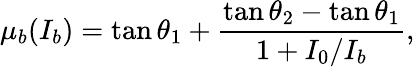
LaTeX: \mu_{b}(I_{b})=\tan\theta_{1}+\frac{\tan\theta_{2}-\tan\theta_{1}}{1+I_{0}/I_{b}},